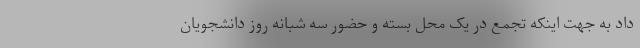
داد به جهت اینکه تجمع در یک محل بسته و حضور سه شبانه روز دانشجویان